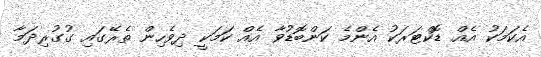
އެކަމަކު އެއް ޑޮކްޓަރަކު އެންމެ ކަންބޮޑުވާ އެއް ކަމަކީ ދިވެހިން ތެރޭގައި ގުގުރިދަމާ